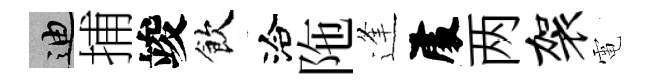
迪捕竣飲洽陁逢𠁅两袈電